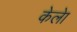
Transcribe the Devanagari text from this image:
केलेा